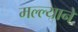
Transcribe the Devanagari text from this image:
मल्ल्याने